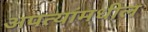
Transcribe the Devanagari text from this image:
अपत्यांमधील